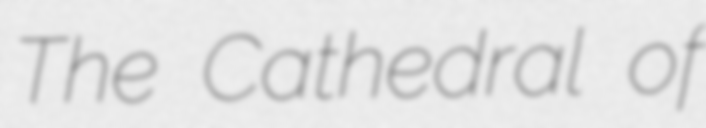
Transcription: The Cathedral of